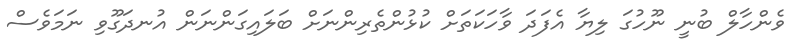
ވެންހާލް ބުނީ ނޫހުގަ ލިޔާ އެފަދަ ވާހަކަތަށް ކުޅުންތެރިންނަށް ބަލައިގަންނަން އުނދަގޫވި ނަމަވެސް